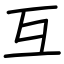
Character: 互